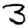
Digit: 3